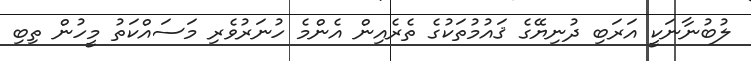
ލުބުނާނަކީ އަރަބި ދުނިޔޭގެ ޤައުމުތަކުގެ ތެރެއިން އެންމެ ހުނަރުވެރި މަސައްކަތު މީހުން ތިބި